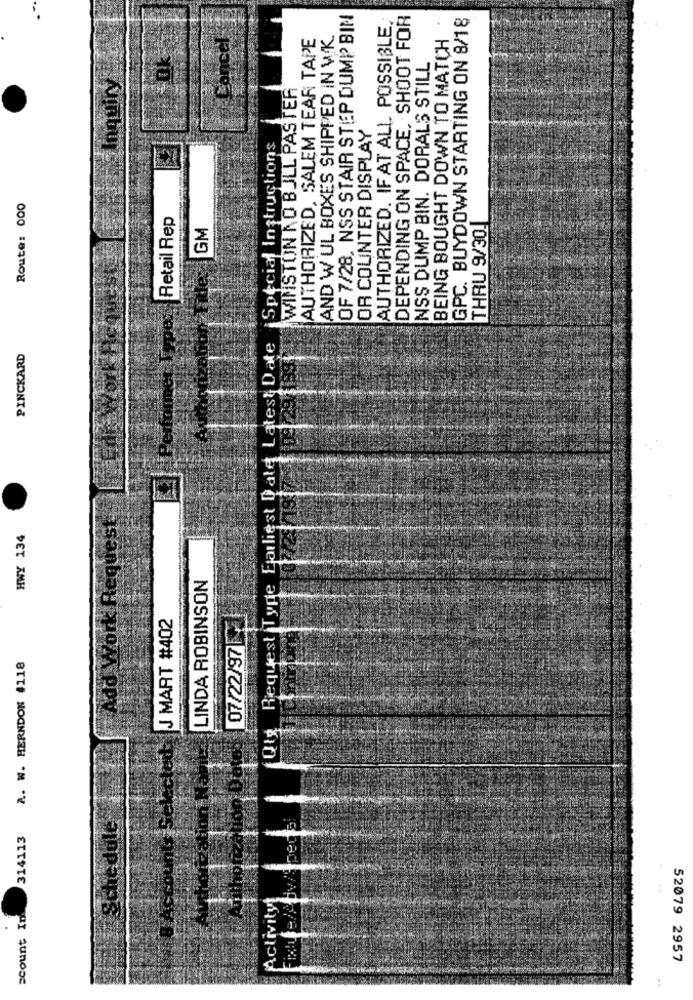
OF 7/28. NSS STAIR STEP DUMP BIN
DEPENDING ON SPACE, SHOOT FOR
GPC. BUYDOWN STARTING ON 8/18
AUTHORIZED. IF AT ALL POSSIBLE.
Cancel
AUTHORIZED, SALEM TEAR TAPE
AND W UL BOXES SHIPPED IN WK.
BEING BOUGHT DOWN TO MATCH
NSS DUMP BIN. DORALS STILL
Inquiry
WINSTON NO BULL PASTER
OR COUNTER DISPLAY
¡Special Instructions
Route: 000
Retail Rep
GM
THRU 9/30.
(Utg Request Type Earliest Date Latest Date
PINCKARD
Add Work Request
HWY 134
LINDA ROBINSON
J MART #402
07/22/97
A. W. HERNDON #118
# Accounts Selected
314113
Schedule
Activityt
scount In
52079 2957